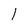
Character: 1